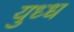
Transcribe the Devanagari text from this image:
युध्ध